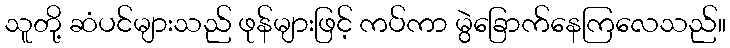
သူတို့ ဆံပင်များသည် ဖုန်များဖြင့် ကပ်ကာ မွဲခြောက်နေကြလေသည်။